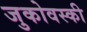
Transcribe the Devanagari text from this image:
जुकोवस्की